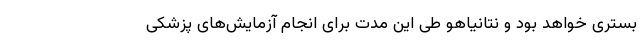
بستری خواهد بود و نتانیاهو طی این مدت برای انجام آزمایش‌های پزشکی